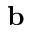
\mathbf { b }